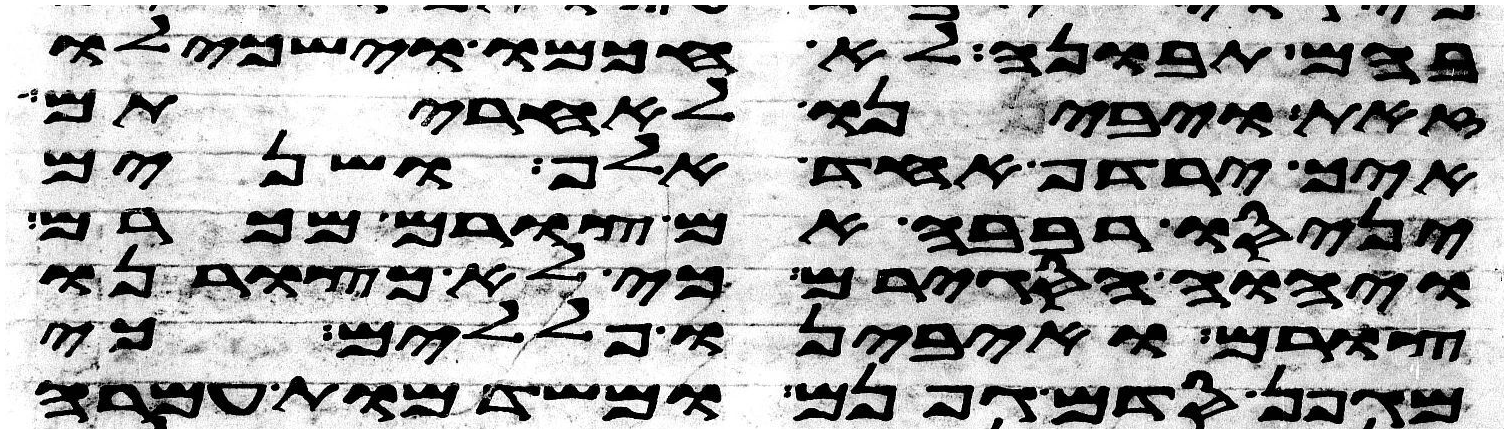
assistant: בהם תבונה לא חכמו וישכילו
זאת ויבינו לאחריתם
איך ירדף אחד אלף ושנים
יניסו רבבה אם לא צורם מכרם
ויהוה הסגירם כי לא כצורנו
צורם ואיבינו פללים כי
מגפן סדם גפנם ומשדמות עמרה